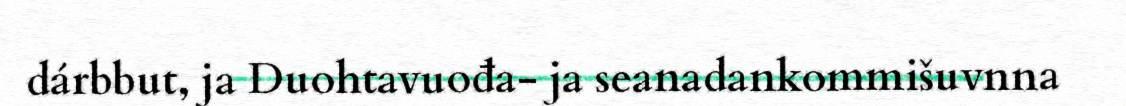
dárbbut, ja Duohtavuođa- ja seanadankommišuvnna